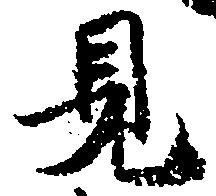
見